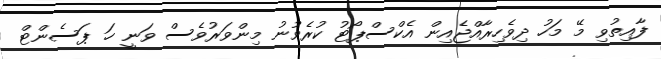
ފާއިތުވި މޭ މަހު ދިވެހިރާއްޖެއިން އެކްސްޕޯޓު ކުރެވުނު މިންވަރުވެސް ވަނީ ހަ ޕަސެންޓް